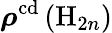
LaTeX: \boldsymbol{\rho}^{\mathrm{cd}}\left(\mathrm{H}_{2n}\right)